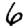
Digit: 6